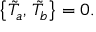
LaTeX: \bigl \{ \tilde { T } _ { a } , \, \tilde { T } _ { b } \bigr \} = 0 .